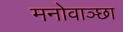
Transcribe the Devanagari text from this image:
मनोवाञ्छा